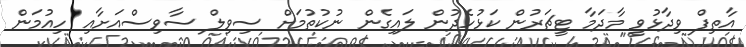
އާތިފް ވިދާޅުވީ މާދަމާ ޓީޗަރުން ކަޅުހެދުން ލައިގެން ނުކުތުމަށް ސިވިލް ސާވިސްއަށާއި ހިއުމަން